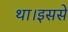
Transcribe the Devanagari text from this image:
था।इससे